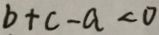
b + c - a < 0